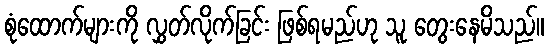
စုံထောက်များကို လွှတ်လိုက်ခြင်း ဖြစ်ရမည်ဟု သူ တွေးနေမိသည်။